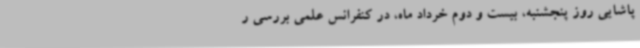
پاشایی روز پنجشنبه، بیست و دوم خرداد ماه، در کنفرانس علمی بررسی ر